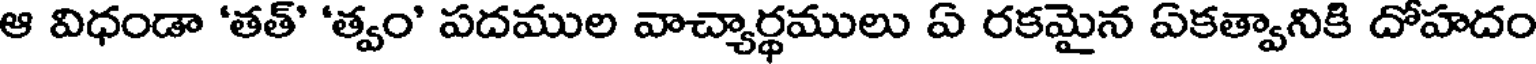
ఆ విధండా 'తత్' 'త్వం' పదముల వాచ్యార్థములు ఏ రకమైన ఏకత్వానికి దోహదం